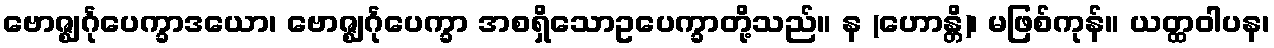
ဗောဇ္ဈင်္ဂုပေက္ခာဒယော၊ ဗောဇ္ဈင်္ဂုပေက္ခာ အစရှိသောဥပေက္ခာတို့သည်။ န (ဟောန္တိ)၊ မဖြစ်ကုန်။ ယတ္ထဝါပန၊